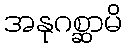
အနုဂစ္ဆာမိ